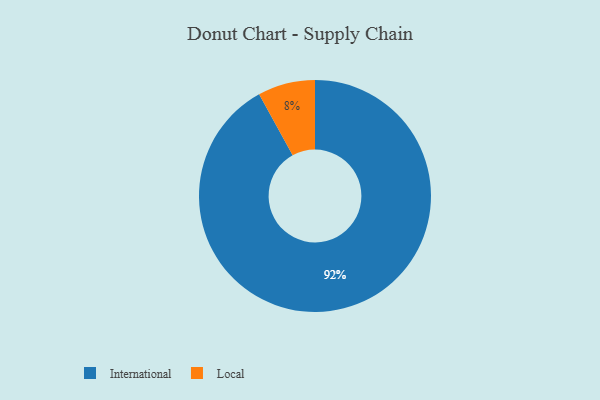
{"axis": {"x": "Category", "y": "Percentage"}, "legend": ["International", "Local"], "data": [{"x": "Local", "y": 8, "type": "Local"}, {"x": "International", "y": 92, "type": "International"}]}